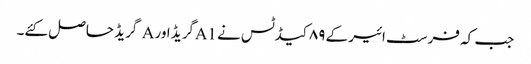
جب کہ فرسٹ ائیر کے ۸۹کیڈٹس نے A1گریڈ اور A گریڈ حاصل کئے۔